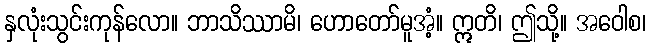
နှလုံးသွင်းကုန်လော။ ဘာသိဿာမိ၊ ဟောတော်မူအံ့။ ဣတိ၊ ဤသို့။ အဝေါစ၊